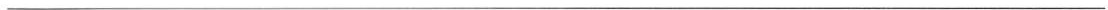
___